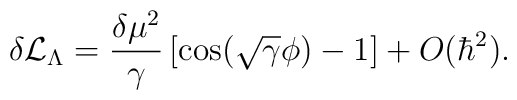
\delta {\cal {L}}_{\Lambda }=\frac{\delta \mu ^{2}}{\gamma }\left[ \cos (\sqrt{\gamma }\phi )-1\right] +O(\hbar ^{2}).